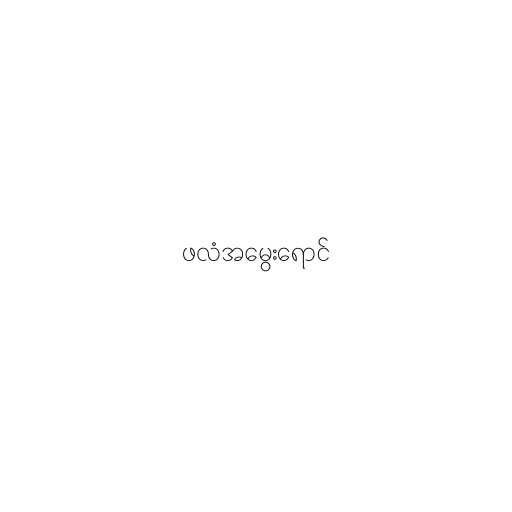
ဖလံအမွေးရောင်